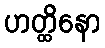
ဟတ္ထိနော